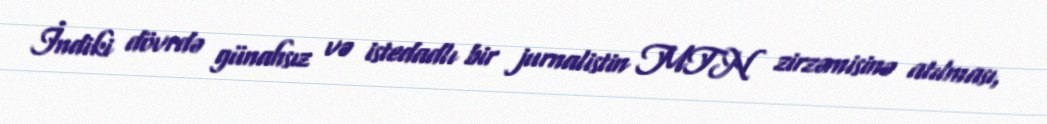
İndiki dövrdə günahsız və istedadlı bir jurnalistin MTN zirzəmisinə atılması,